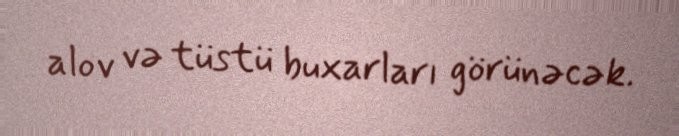
alov və tüstü buxarları görünəcək.